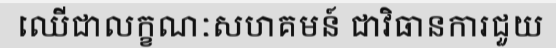
ឈើជាលក្ខណៈសហគមន៍ ជាវិធានការជួយ